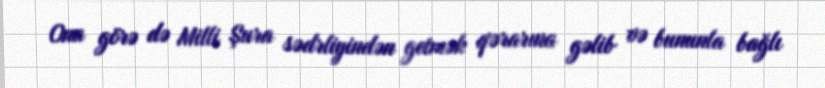
Ona görə də Milli Şura sədrliyindən getmək qərarına gəlib və bununla bağlı